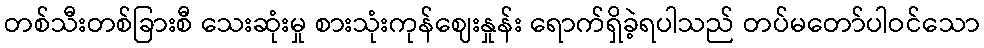
တစ်သီးတစ်ခြားစီ သေးဆုံးမှု စားသုံးကုန်ဈေးနှုန်း ရောက်ရှိခဲ့ရပါသည် တပ်မတော်ပါဝင်သော